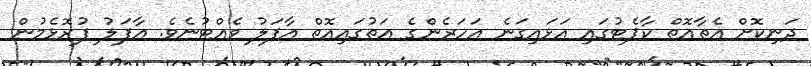
ދަނިކޮށް އެތާއޮތް ކާޕެޓުގައި އަޅައިގަނެ އަހަރެންގެ އަތުގައިއޮތް އާފަލު ވެއްޓުނެވެ. އާފަލު ފުރޮޅެމުން